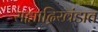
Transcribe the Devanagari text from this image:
सह्याद्रिखंडात